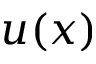
u ( x )